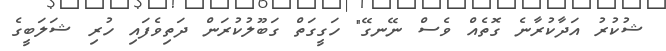
ޝުކުރު އަދާކުރާނެ ގޮތެއް ވެސް ނޭނގޭ" ހަގީގަތް ގަބޫލުކުރަން ދަތިވެފައި ހުރި ޝަލަބީގެ